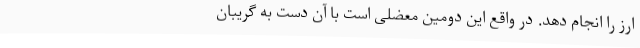
ارز را انجام دهد. در واقع این دومین معضلی است با آن دست به گریبان